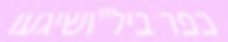
כפר ביל"ושיגעו